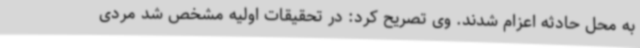
به محل حادثه اعزام شدند. وی تصریح کرد: در تحقیقات اولیه مشخص شد مردی